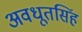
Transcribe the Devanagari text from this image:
अवधूतसिंह